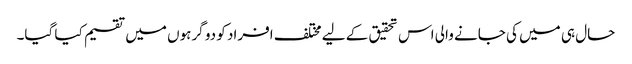
حال ہی میں کی جانے والی اس تحقیق کے لیے مختلف افراد کو دو گرہوں میں تقسیم کیا گیا۔